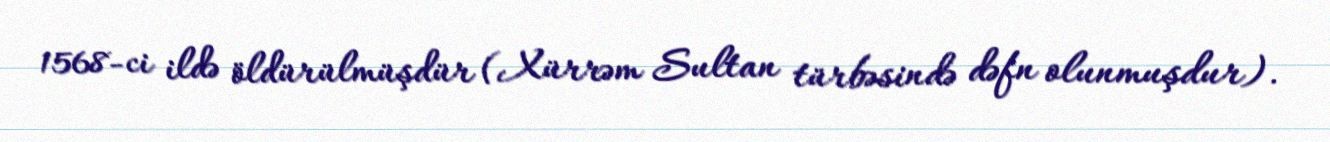
1568-ci ildə öldürülmüşdür (Xürrəm Sultan türbəsində dəfn olunmuşdur).